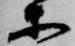
等